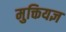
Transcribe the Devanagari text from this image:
मुक्तियज्ञ